Lunatic asylums Punjab 1881-1894 - 1881-1894
Year: 1881
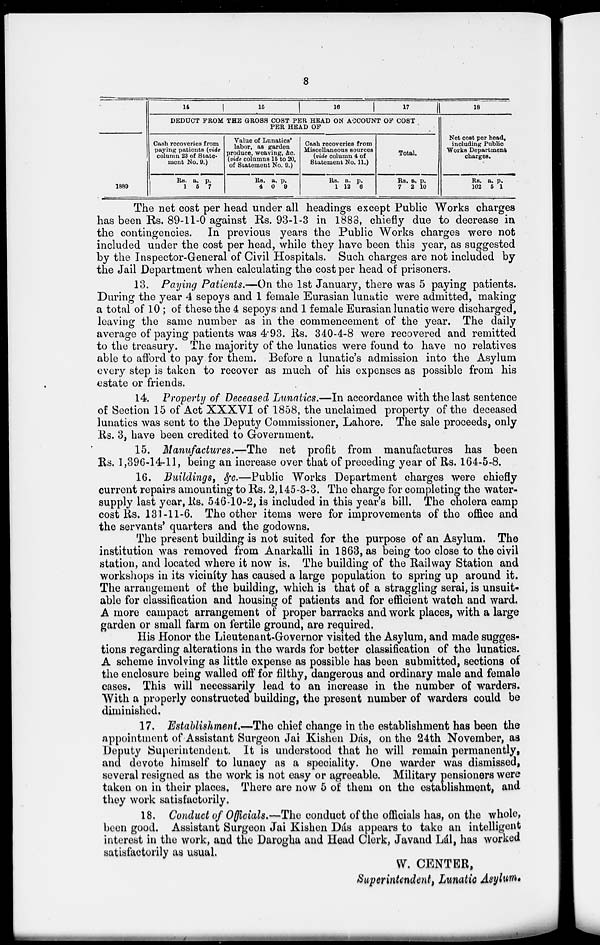
8
1889
14
15
16
17
DEDUCT FROM THE GROSS COST PER HEAD ON ACCOUNT OF COST
PER HEAD OF
Cash recoveries from
paying patients (vide
column 23 of State-
ment No. 9.)
Rs.
1
a.
5
p.
7
Value of Lunatics'
labor, as garden
produce, weaving, &c.
(vide columns 15 to 20,
of Statement No. 9.)
Rs.
4
a.
0
p.
9
Cash recoveries from
Miscellaneous sources
(vide column 4 of
Statement No. 11.)
Rs.
1
a.
12
p.
6
Total.
Rs.
7
a.
2
p.
10
18
Net cost per head,
including Public
Works Department
charges.
Rs.
102
a.
5
p.
1
The net cost per head under all headings except Public Works charges
has been Rs. 89-11-0 against Rs. 93-1-3 in 1888, chiefly due to decrease in
the contingencies. In previous years the Public Works charges were not
included under the cost per head, while they have been this year, as suggested
by the Inspector-General of Civil Hospitals. Such charges are not included by
the Jail Department when calculating the cost per head of prisoners.
13. Paying Patients.—On the 1st January, there was 5 paying patients.
During the year 4 sepoys and 1 female Eurasian lunatic were admitted, making
a total of 10 ; of these the 4 sepoys and 1 female Eurasian lunatic were discharged,
leaving the same number as in the commencement of the year. The daily
average of paying patients was 4.93. Rs. 340-4-8 were recovered and remitted
to the treasury. The majority of the lunatics were found to have no relatives
able to afford to pay for them. Before a lunatic's admission into the Asylum
every step is taken to recover as much of his expenses as possible from his
estate or friends.
14. Property of Deceased Lunatics.—In accordance with the last sentence
of Section 15 of Act XXXVI of 1858, the unclaimed property of the deceased
lunatics was sent to the Deputy Commissioner, Lahore. The sale proceeds, only
Rs. 3, have been credited to Government.
15. Manufactures.—The net profit from manufactures has been
Rs. 1,396-14-11, being an increase over that of preceding year of Rs. 164-5-8.
16. Buildings, &c.—Public Works Department charges were chiefly
current repairs amounting to Rs. 2,145-3-3. The charge for completing the water-
supply last year, Rs. 546-10-2, is included in this year's bill. The cholera camp
cost Rs. 131-11-6. The other items were for improvements of the office and
the servants' quarters and the godowns.
The present building is not suited for the purpose of an Asylum. The
institution was removed from Anarkalli in 1863, as being too close to the civil
station, and located where it now is. The building of the Railway Station and
workshops in its vicinity has caused a large population to spring up around it.
The arrangement of the building, which is that of a straggling serai, is unsuit-
able for classification and housing of patients and for efficient watch and ward.
A more campact arrangement of proper barracks and work places, with a large
garden or small farm on fertile ground, are required.
His Honor the Lieutenant-Governor visited the Asylum, and made sugges-
tions regarding alterations in the wards for better classification of the lunatics.
A scheme involving as little expense as possible has been submitted, sections of
the enclosure being walled off for filthy, dangerous and ordinary male and female
cases. This will necessarily lead to an increase in the number of warders.
With a properly constructed building, the present number of warders could be
diminished.
17. Establishment.—The chief change in the establishment has been the
appointment of Assistant Surgeon Jai Kishen Dás, on the 24th November, as
Deputy Superintendent. It is understood that he will remain permanently,
and devote himself to lunacy as a speciality. One warder was dismissed,
several resigned as the work is not easy or agreeable. Military pensioners were
taken on in their places. There are now 5 of them on the establishment, and
they work satisfactorily.
18. Conduct of Officials.—The conduct of the officials has, on the whole,
been good. Assistant Surgeon Jai Kishen Dás appears to take an intelligent
interest in the work, and the Darogha and Head Clerk, Javand Lál, has worked
satisfactorily as usual.
W. CENTER,
Superintendent, Lunatic Asylum.